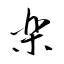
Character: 樂